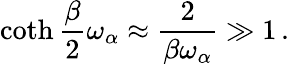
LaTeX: \coth{\frac{\beta}{2}}\omega_{\alpha}\approx{\frac{2}{\beta\omega_{\alpha}}}\gg 1\, .